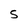
Character: 5